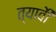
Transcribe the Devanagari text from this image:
त्यावेी